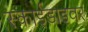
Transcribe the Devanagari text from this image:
स्काईडाइवर